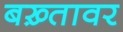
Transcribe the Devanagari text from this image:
बख़्तावर